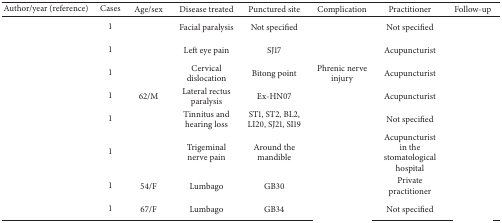
<table><thead><tr><td><b>Author/Year (reference)</b></td><td><b>Cases</b></td><td><b>Age/Sex</b></td><td><b>Disease treated </b></td><td><b>Punctured site</b></td><td><b>Complication</b></td><td><b>Practitioner</b></td><td><b>Follow-up</b></td></tr></thead><tbody><tr><td>[EMPTY_CELL]</td><td>1</td><td>[EMPTY_CELL]</td><td>Facial paralysis</td><td>Not specified</td><td>[EMPTY_CELL]</td><td>Not specified</td><td>[EMPTY_CELL]</td></tr><tr><td>[EMPTY_CELL]</td><td>1</td><td>[EMPTY_CELL]</td><td>Left eye pain</td><td>SJ17</td><td>[EMPTY_CELL]</td><td>Acupuncturist</td><td>[EMPTY_CELL]</td></tr><tr><td>[EMPTY_CELL]</td><td>1</td><td>[EMPTY_CELL]</td><td>Cervical dislocation</td><td>Bitong point </td><td>Phrenic nerve injury</td><td>Acupuncturist</td><td>[EMPTY_CELL]</td></tr><tr><td>[EMPTY_CELL]</td><td>1</td><td>62/M</td><td>Lateral rectus paralysis</td><td>Ex-HN07</td><td>[EMPTY_CELL]</td><td>Acupuncturist</td><td>[EMPTY_CELL]</td></tr><tr><td>[EMPTY_CELL]</td><td>1</td><td>[EMPTY_CELL]</td><td>Tinnitus and hearing loss</td><td>ST1, ST2, BL2, LI20, SJ21, SI19</td><td>[EMPTY_CELL]</td><td>Not specified</td><td>[EMPTY_CELL]</td></tr><tr><td>[EMPTY_CELL]</td><td>1</td><td>[EMPTY_CELL]</td><td>Trigeminal nerve pain</td><td>Around the mandible</td><td>[EMPTY_CELL]</td><td>Acupuncturist in the stomatological hospital</td><td>[EMPTY_CELL]</td></tr><tr><td>[EMPTY_CELL]</td><td>1</td><td>54/F</td><td>Lumbago</td><td>GB30</td><td>[EMPTY_CELL]</td><td>Private practitioner</td><td>[EMPTY_CELL]</td></tr><tr><td>[EMPTY_CELL]</td><td>1</td><td>67/F</td><td>Lumbago</td><td>GB34</td><td>[EMPTY_CELL]</td><td>Not specified</td><td>[EMPTY_CELL]</td></tr></tbody></table>